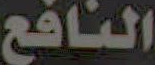
النافع